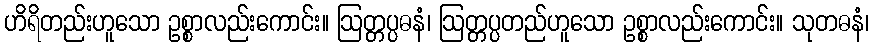
ဟိရိတည်းဟူသော ဥစ္စာလည်းကောင်း။ ဩတ္တပ္ပဓနံ၊ ဩတ္တပ္ပတည်ဟူသော ဥစ္စာလည်းကောင်း။ သုတဓနံ၊